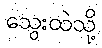
သွေးထဲသို့